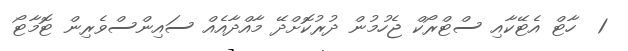
1  ހާޓް އެޓޭކާއި ސްޓްރޯކް ޖެހުމުން ދުރުކޮށްދޭ މާއްދާއެއް ސައިންސްވެރިން ޓޮމާޓޯ